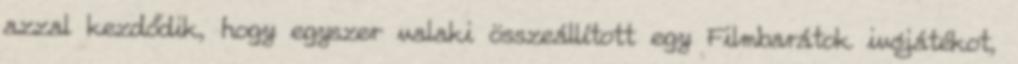
azzal kezdődik, hogy egyszer valaki összeállított egy Filmbarátok ivójátékot,